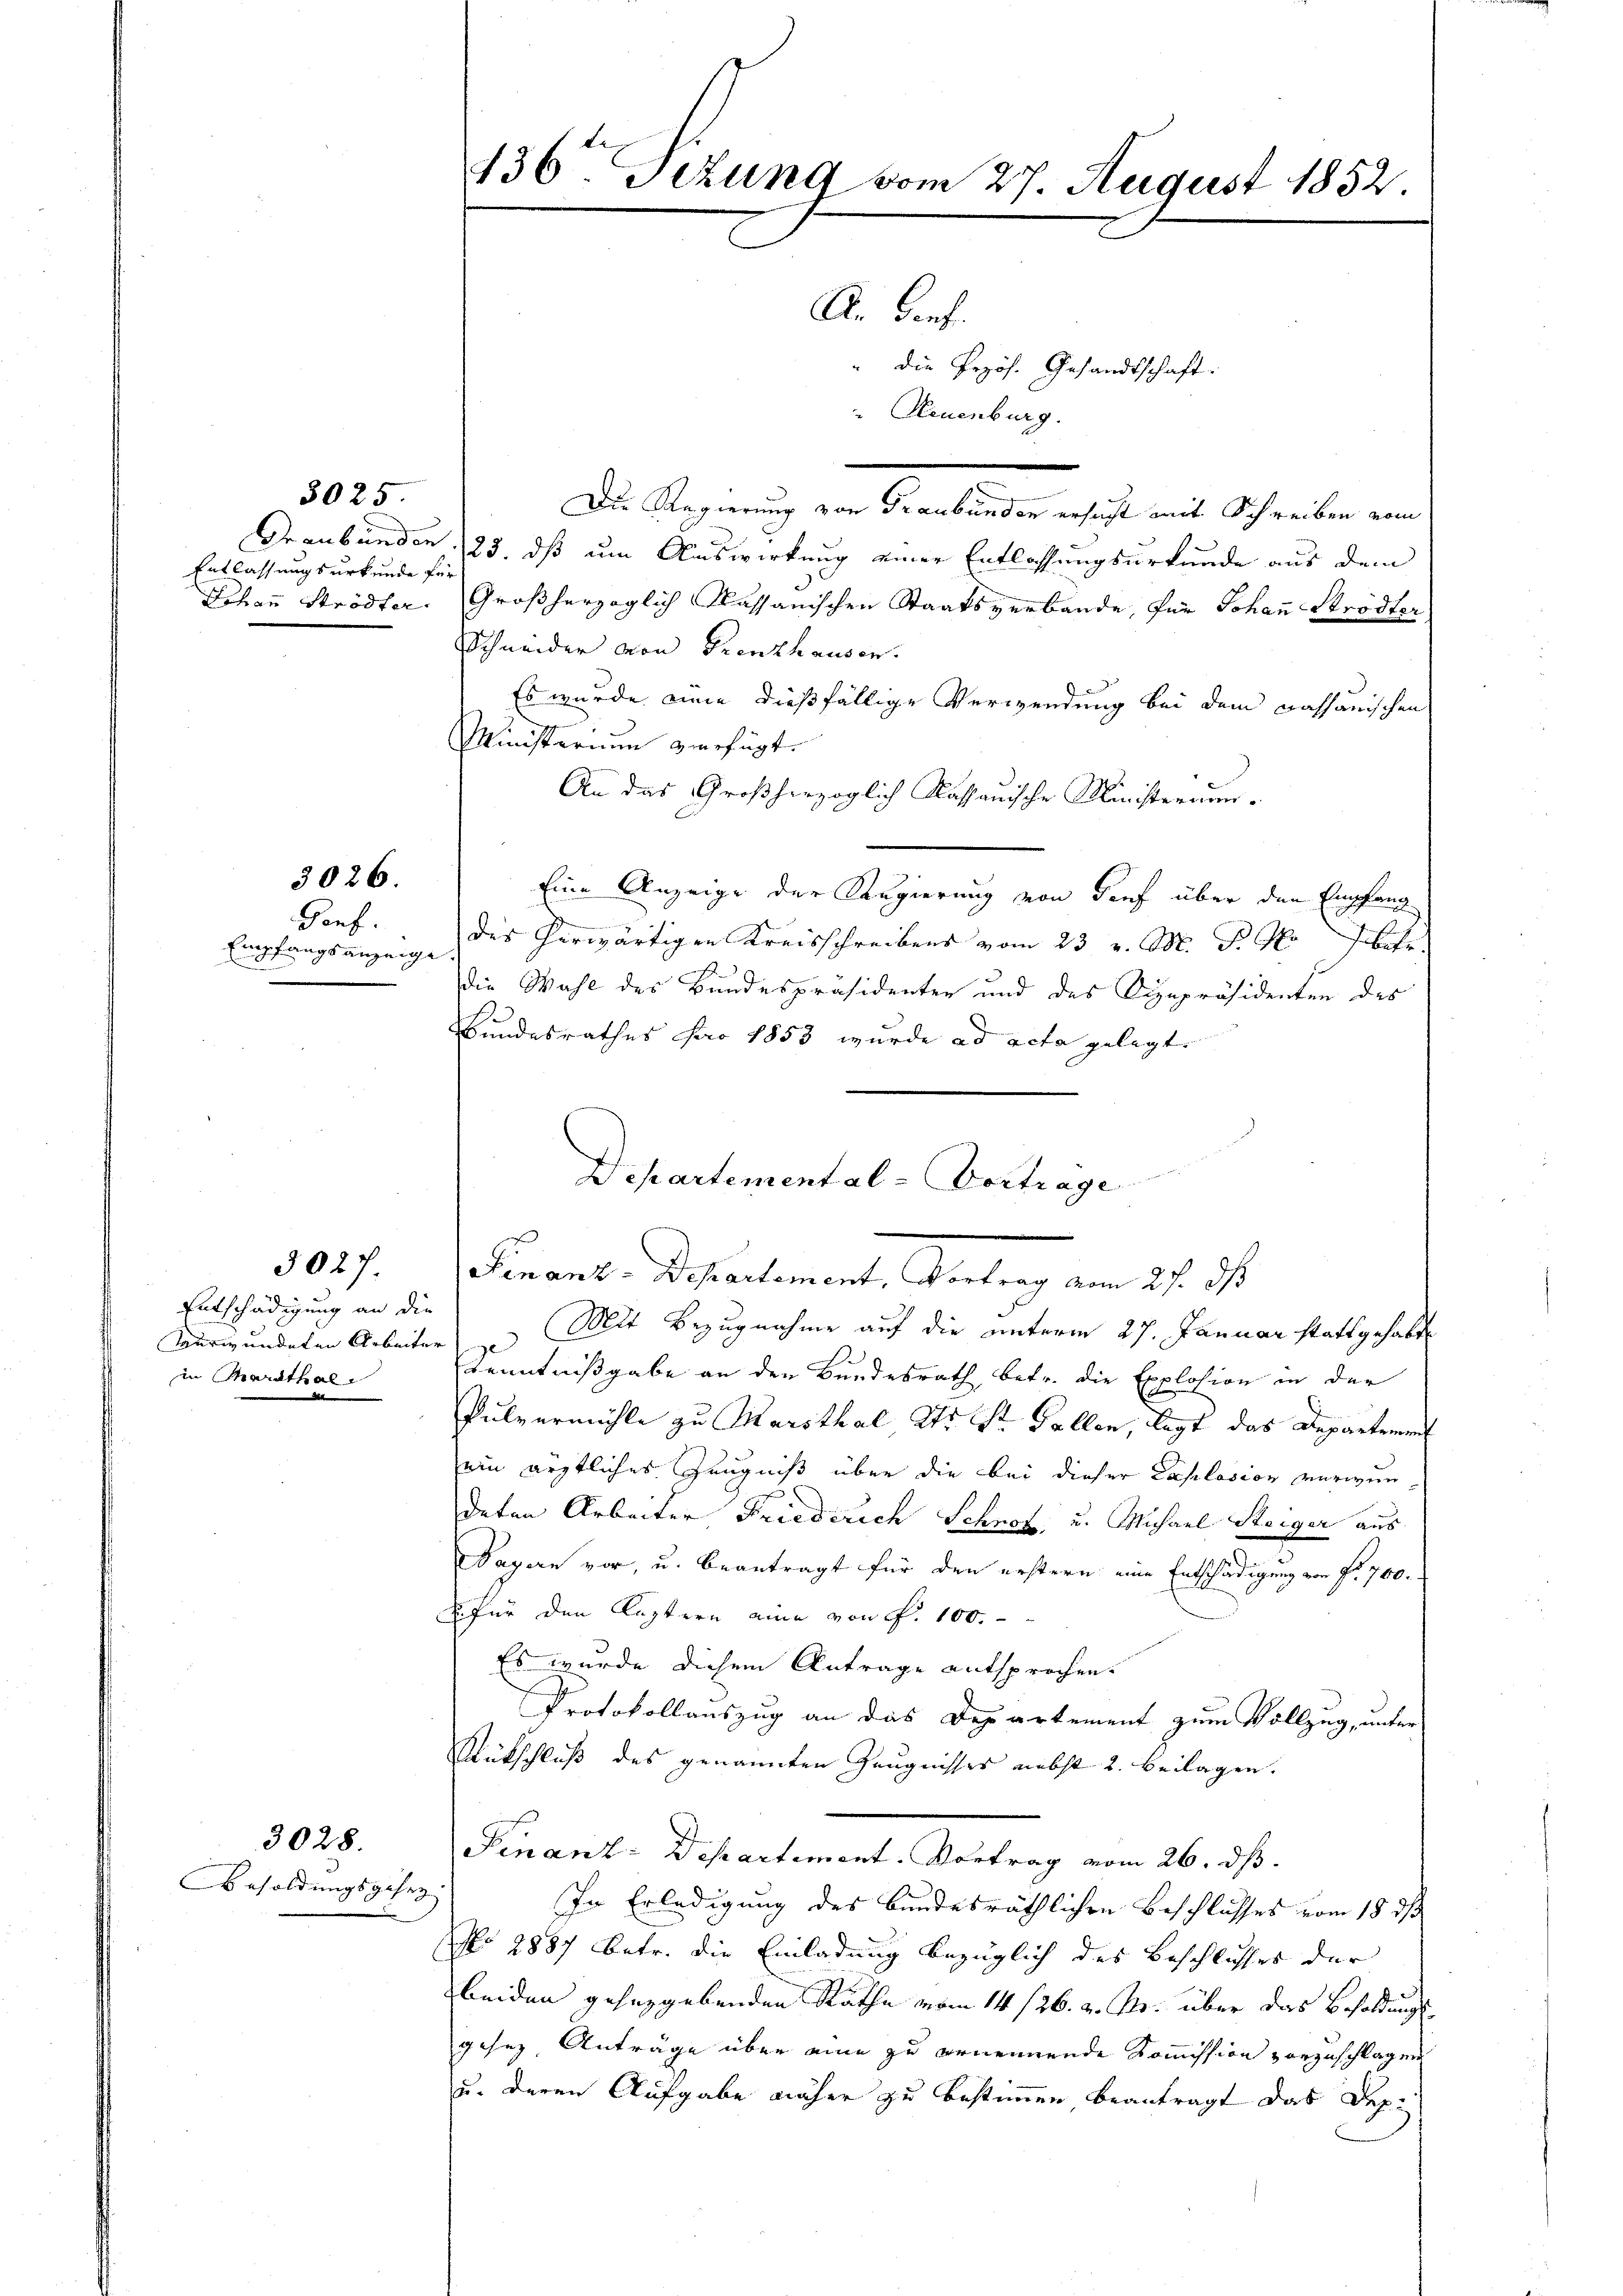
Entlassungsurkunde für

3026.

5025.

Gonf.
Empfangsanzeige.

Entschädigung an die
Turwundeten Arbeiter
in Marthal
e

3027.

Besoldungsgesez

3028.

436. Tizung vom 27. August 1852.
An Dorf.
" die Przös. Gesandtschaft.
" Neuenburg.

Die Regierung von Graubünden ersucht mit Schreiben vom
Graubünden 23. ds um Auswirkung einer Entlassungsurkunde aus dem
Lohen Ströder, Großherzoglich Kassanischen Staatsverbande, für Johann Ströster,
Schneider von Prenthausen.
Es wurde eine dießfällige Verwendung bei dem Kassauischen
Ministerium verfügt.
An das Großherzoglich Kassauische Ministerrun-
Eine Anzeige der Regierung von Dorf über den Empfang
des herwärtigen Kreisschreibens vom 23 u. M. d. J. betr.
Die Wahl des Bundespräsidenten und des Vizepräsidenten des
Bundesrathes pro 1853 wurde ad acta gelegt.

Departemental-Vortrage

Finant. Scheulement, Unter am 27. J
Mit Bezugnahme auf die unterm 27. Januar stattgehabt

Kenntnißgabe an den Bundesrath, betr. die Explosion in der
Pulvermühle zu Marsthal er St. Gallen, legt das Departement
ein ärztliches Zeugniß über die bei dieser Caplasion verwendeten Arbeiter Friederich Schnot, u. Michael Steiger aus
Sagern vor, u. beantragt für den erstern eine Entschädigung von Fr. 700.
S für den Kustern eine von P. 100.
Es wurde diesem Antrage entsprochen.
Protokollauszug an das Departement zum Vollzug, unter
Rückschluß des genannten Zeugnisses nebst 2. Beilagen.
Finant. Departement. Vortrag vom 26. ds.
In Erledigung des bundesräthlichen Beschlusses vom 18. ds
(No 2887 betr. die Einladung bezüglich des Beschlusses der
beiden gesetzgebenden Rathe vom 14/26. v. Ms. über das Besoldungs
gesez Anträge über eine zu ernennende Kommission vorzuschlagen
u. deren Aufgabe näher zu bestimmen beantragt das Dep